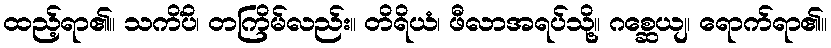
ထည့်ရာ၏။ သကိံပိ၊ တကြိမ်လည်း။ တိရိယံ၊ ဖီလာအရပ်သို့။ ဂစ္ဆေယျ၊ ရောက်ရာ၏။